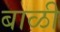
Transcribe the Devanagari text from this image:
बाळी